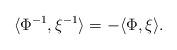
LaTeX: \begin{align*}\langle\Phi^{-1}, \xi^{-1}\rangle = - \langle\Phi, \xi\rangle.\end{align*}